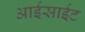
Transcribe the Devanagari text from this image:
आईसाईट